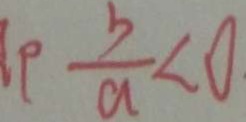
\frac { b } { a } < 0